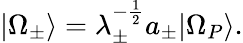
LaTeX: |\Omega_{\pm}\rangle=\lambda_{\pm}^{-\frac{1}{2}}a_{\pm}|\Omega_{P}\rangle.